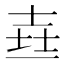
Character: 𰋉